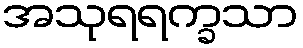
အသုရရက္ခသာ